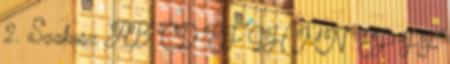
2. Szakasz AB CD EF GH MN EP PF